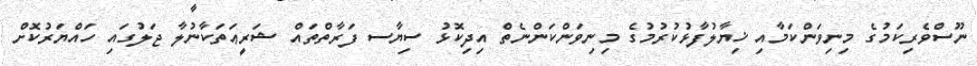
ނޫސްވެރިކަމުގެ މިނިވަންކަމާއި ޚިޔާލުފާޅުކުރުމުގެ މިނިވަންކަންނެތް އިދިކޮޅު ސިޔާސ ފަރާތްތައް ޝަރީޢަތަކާނުލާ ޖަލުގައި ހައްޔަރުކޮށް